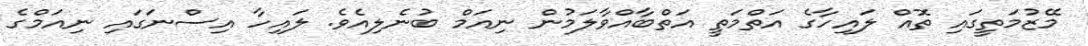
މޭޒުމަތީގައި ތޮއް ލައިހާގެ އަތްމަތީ އަތްބާއްވާލަމުން ނިއަމް ބުނެލިއެވެ. ލައިހާ އިސްނަގައި ނިއަމްގެ